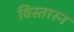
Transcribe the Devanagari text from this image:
विस्तारन